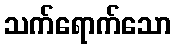
သက်ရောက်သော